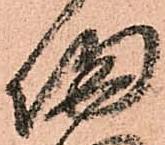
帰